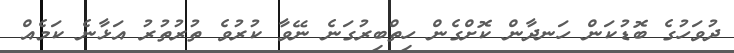
ދުވަހުގެ ބޮޑުކަން ހަނދާން ކޮށްގެން ހިތްބިރުގަނެ ނޭވާ ކުރުވެ ތުރުތުރު އަޅާނެ ކަމެއް